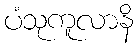
ပံသုကူလာနိ